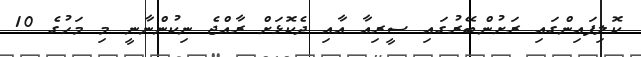
ކޮލިފައިންގައި ރަށުންބޭރުގައި ސީރިއާ އާއި ދެކޮޅަށް ރާއްޖެ ނިކުންނާނީ މި މަހުގެ 10